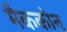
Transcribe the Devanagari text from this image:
मैककोन